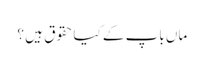
ماں باپ کے کیاحقوق ہیں ؟